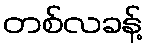
တစ်လခန့်